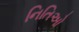
નિતિઓ